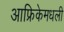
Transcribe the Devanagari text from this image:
आफ्रिकेमधली